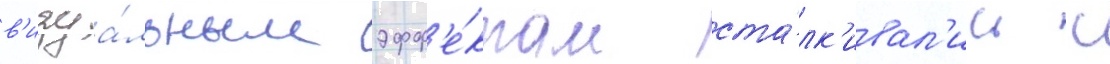
в'изуа́льным эфф'е́ктам ста́лк'ивал'ись с